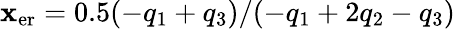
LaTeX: \mathbf{x}_{\mathrm{{er}}}=0.5(-q_{1}+q_{3})/(-q_{1}+2q_{2}-q_{3})